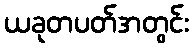
ယခုတပတ်အတွင်း